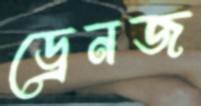
ড্রেনজ